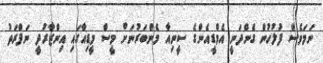
ނަމަވެސް ފުލުހުން ގެންދަނީ އެމްޑީއެންގެ ސީނިއާ މެންބަރުނަށް މީސް މީޑިއާގައި އިންޒާރުދީ ނަފްރަތު